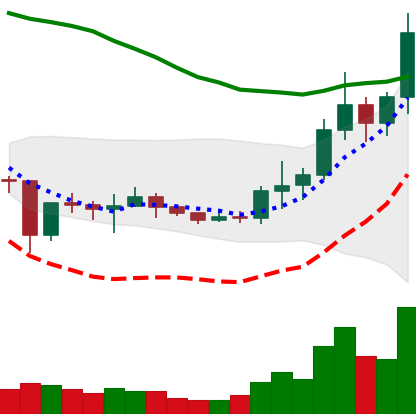
Ticker: NEO-USD
Chart end date: 2021-01-10
Forward return: -5.943%
Label: down_5_7